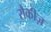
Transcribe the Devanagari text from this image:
रौकीज़